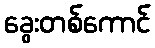
ခွေးတစ်ကောင်